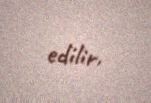
edilir.